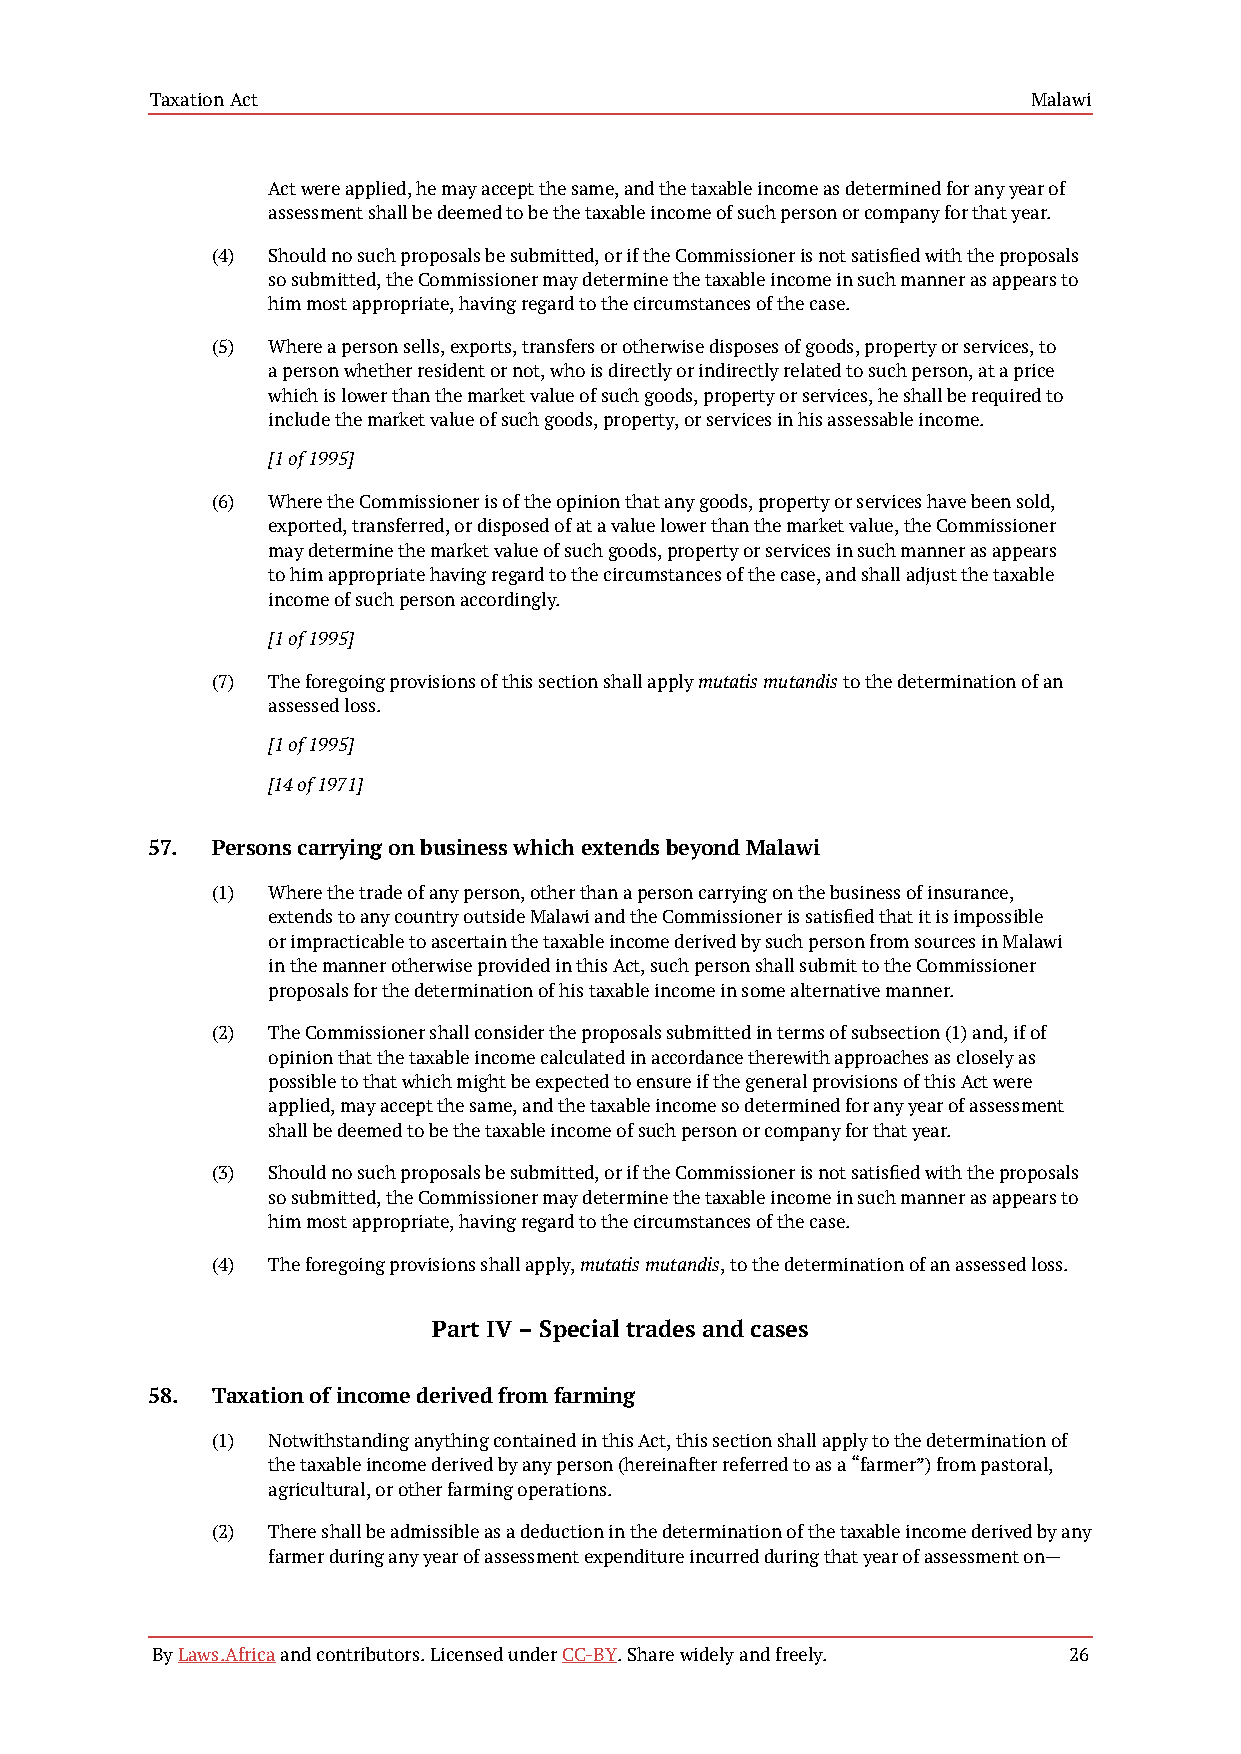
Taxation Act                                              Malawi
 Act were applied, he may accept the same, and the taxable income as determined for any year of
 assessment shall be deemed to be the taxable income of such person or company for that year.
 (4) Should no such proposals be submitted, or if the Commissioner is not satisfied with the proposals
 so submitted, the Commissioner may determine the taxable income in such manner as appears to
 him most appropriate, having regard to the circumstances of the case.
 (5) Where a person sells, exports, transfers or otherwise disposes of goods, property or services, to
 a person whether resident or not, who is directly or indirectly related to such person, at a price
 which is lower than the market value of such goods, property or services, he shall be required to
 include the market value of such goods, property, or services in his assessable income.
 [1 of 1995]
 (6) Where the Commissioner is of the opinion that any goods, property or services have been sold,
 exported, transferred, or disposed of at a value lower than the market value, the Commissioner
 may determine the market value of such goods, property or services in such manner as appears
 to him appropriate having regard to the circumstances of the case, and shall adjust the taxable
 income of such person accordingly.
 [1 of 1995]
 (7) The foregoing provisions of this section shall apply mutatis mutandis to the determination of an
 assessed loss.
 [1 of 1995]
 [14 of 1971]
 57. Persons carrying on business which extends beyond Malawi
 (1) Where the trade of any person, other than a person carrying on the business of insurance,
 extends to any country outside Malawi and the Commissioner is satisfied that it is impossible
 or impracticable to ascertain the taxable income derived by such person from sources in Malawi
 in the manner otherwise provided in this Act, such person shall submit to the Commissioner
 proposals for the determination of his taxable income in some alternative manner.
 (2) The Commissioner shall consider the proposals submitted in terms of subsection (1) and, if of
 opinion that the taxable income calculated in accordance therewith approaches as closely as
 possible to that which might be expected to ensure if the general provisions of this Act were
 applied, may accept the same, and the taxable income so determined for any year of assessment
 shall be deemed to be the taxable income of such person or company for that year.
 (3) Should no such proposals be submitted, or if the Commissioner is not satisfied with the proposals
 so submitted, the Commissioner may determine the taxable income in such manner as appears to
 him most appropriate, having regard to the circumstances of the case.
 (4) The foregoing provisions shall apply, mutatis mutandis, to the determination of an assessed loss.
 Part IV – Special trades and cases
 58. Taxation of income derived from farming
 (1) Notwithstanding anything contained in this Act, this section shall apply to the determination of
 the taxable income derived by any person (hereinafter referred to as a “farmer”) from pastoral,
 agricultural, or other farming operations.
 (2) There shall be admissible as a deduction in the determination of the taxable income derived by any
 farmer during any year of assessment expenditure incurred during that year of assessment on—
 By Laws.Africa and contributors. Licensed under CC-BY. Share widely and freely. 26